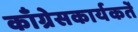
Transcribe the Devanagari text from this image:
काँग्रेसकार्यकर्ते